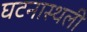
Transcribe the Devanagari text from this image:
घटनास्थली